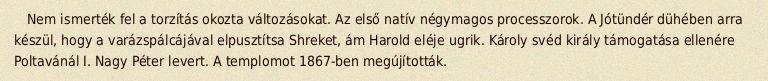
Nem ismerték fel a torzítás okozta változásokat. Az első natív négymagos processzorok. A Jótündér dühében arra készül, hogy a varázspálcájával elpusztítsa Shreket, ám Harold eléje ugrik. Károly svéd király támogatása ellenére Poltavánál I. Nagy Péter levert. A templomot 1867-ben megújították.